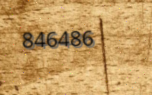
846486